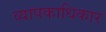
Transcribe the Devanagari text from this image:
व्यापकाधिकार